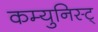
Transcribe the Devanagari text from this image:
कम्युनिस्ट्